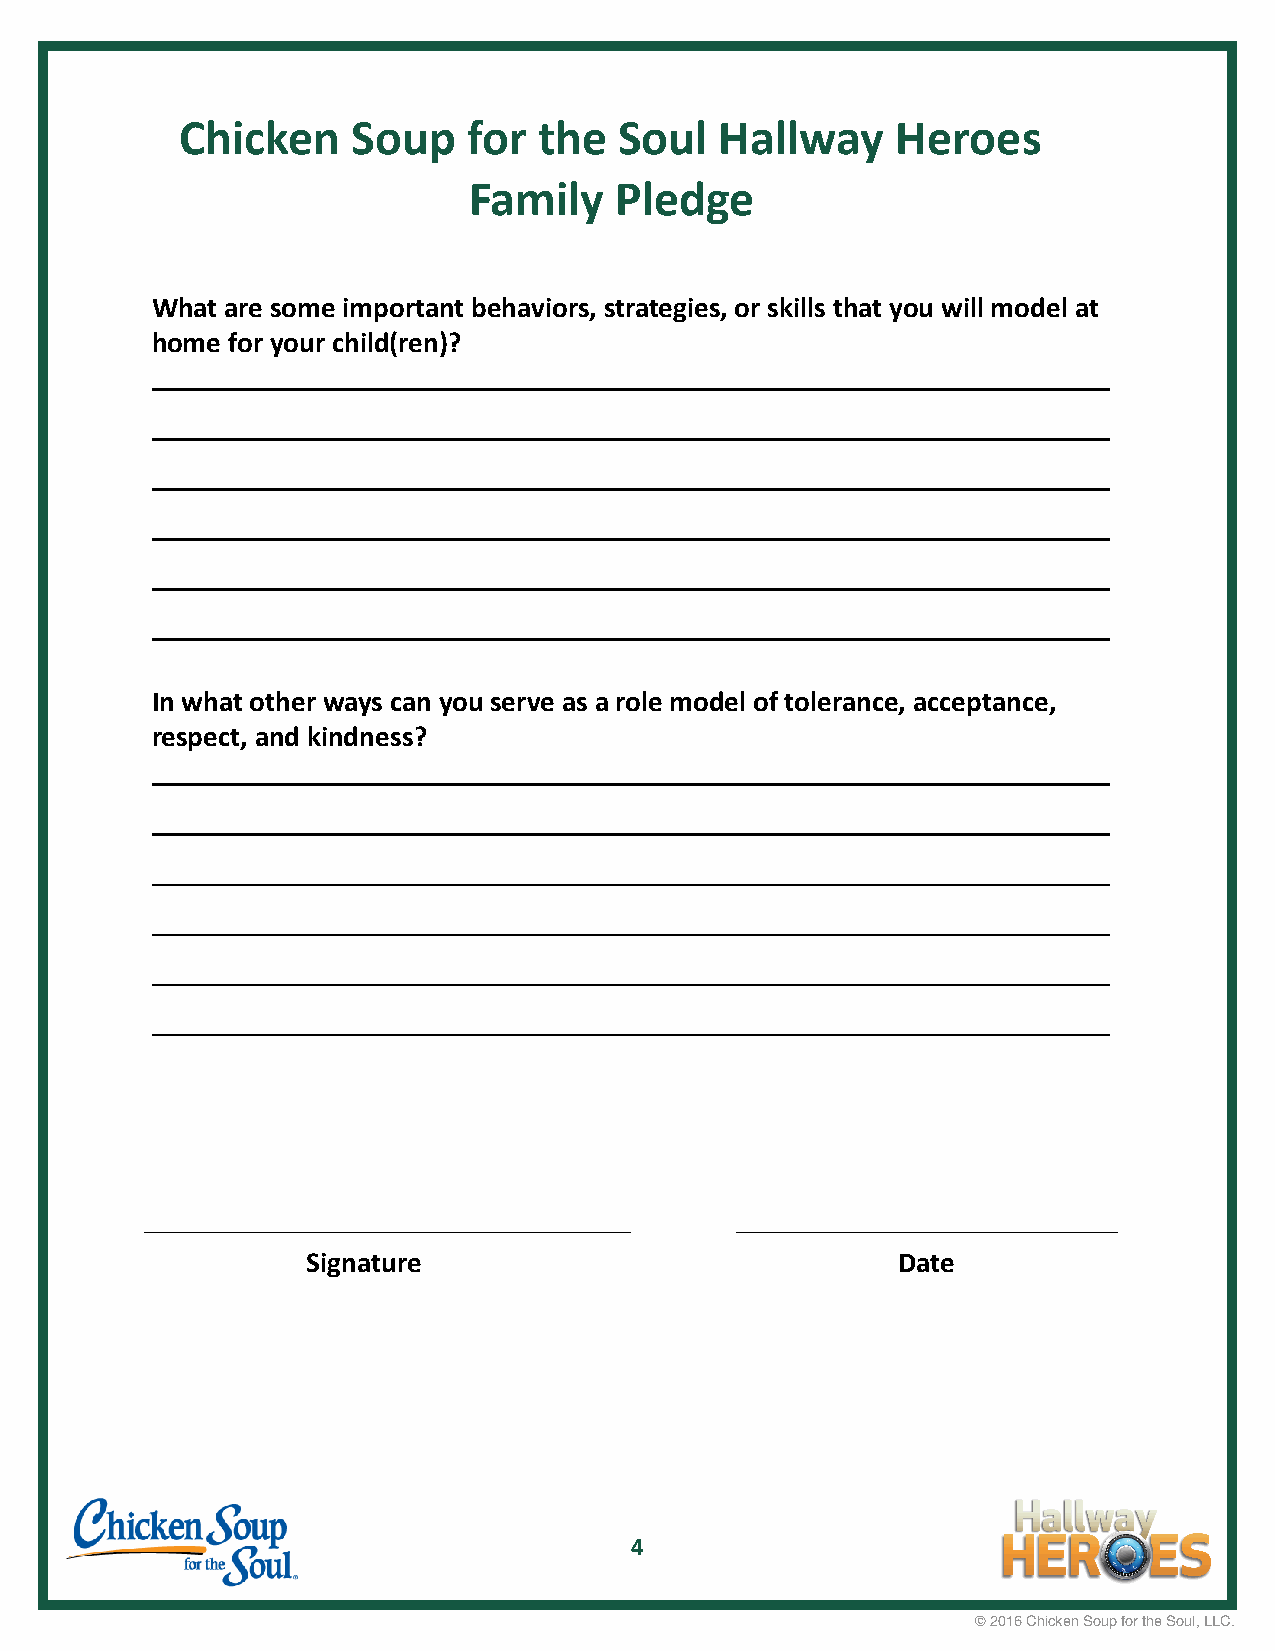
Chicken    Soup    for  the  Soul   Hallway    Heroes
 Family    Pledge
 What are some important behaviors, strategies, or skills that you will model at
 home for your child(ren)?
 In what other ways can you serve as a role model of tolerance, acceptance,
 respect, and kindness?
 Signature                              Date
 4
 © 2016 Chicken Soup for the Soul, LLC.